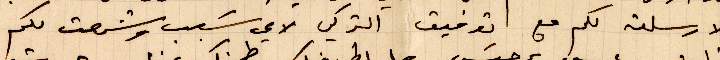
الارسلته مع توفيق التركي لاي سبب وشرحت لكم